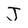
Character: J